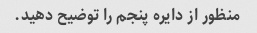
منظور از دایره پنجم را توضیح دهید.